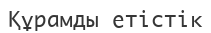
Құрамды етістік